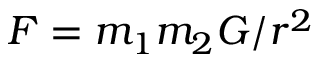
F = m _ { 1 } m _ { 2 } G / r ^ { 2 }